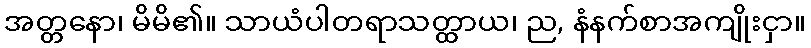
အတ္တနော၊ မိမိ၏။ သာယံပါတရာသတ္ထာယ၊ ည, နံနက်စာအကျိုးငှာ။